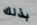
بذلك